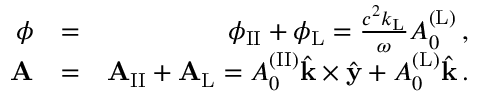
\begin{array} { r l r } { \phi } & { = } & { \phi _ { \mathrm { I I } } + \phi _ { \mathrm { L } } = \frac { c ^ { 2 } k _ { \mathrm { L } } } { \omega } A _ { 0 } ^ { \mathrm { ( L ) } } \, , } \\ { { \bf A } } & { = } & { { \bf A } _ { \mathrm { I I } } + { \bf A } _ { \mathrm { L } } = A _ { 0 } ^ { \mathrm { ( I I ) } } \hat { { \bf k } } \times \hat { { \bf y } } + A _ { 0 } ^ { \mathrm { ( L ) } } \hat { { \bf k } } \, . } \end{array}